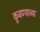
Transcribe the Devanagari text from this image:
कुजण्याच्या